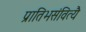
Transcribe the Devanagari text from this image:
प्रातिभसंवित्यै